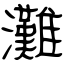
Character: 灘